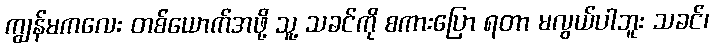
ကျွန်မကလေး တစ်ယောက်အဖို့ သူ့ သခင်ကို စကားပြော ရတာ မလွယ်ပါဘူး သခင်၊